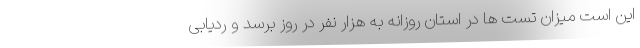
این است میزان تست ها در استان روزانه به هزار نفر در روز برسد و ردیابی